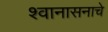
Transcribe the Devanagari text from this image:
श्वानासनाचे